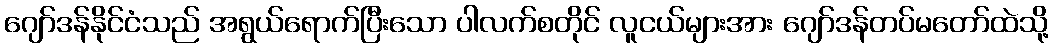
ဂျော်ဒန်နိုင်ငံသည် အရွယ်ရောက်ပြီးသော ပါလက်စတိုင် လူငယ်များအား ဂျော်ဒန်တပ်မတော်ထဲသို့